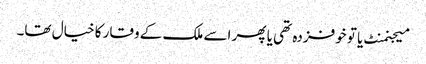
میجنمنٹ یا تو خوفزدہ تھی یا پھر اسے ملک کے وقار کا خیال تھا۔